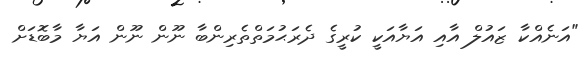
"އަނެއްކާ ޒައުލް އާއި އަޔާއަކީ ކުރީގެ ދެރަޙުމަތްތެރިންބާ ނޫން ނޫން އަޔާ މާބޮޑަށް